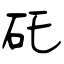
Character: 矺